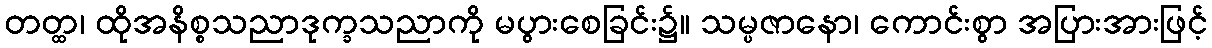
တတ္ထ၊ ထိုအနိစ္စသညာဒုက္ခသညာကို မပွားစေခြင်း၌။ သမ္ပဇာနော၊ ကောင်းစွာ အပြားအားဖြင့်